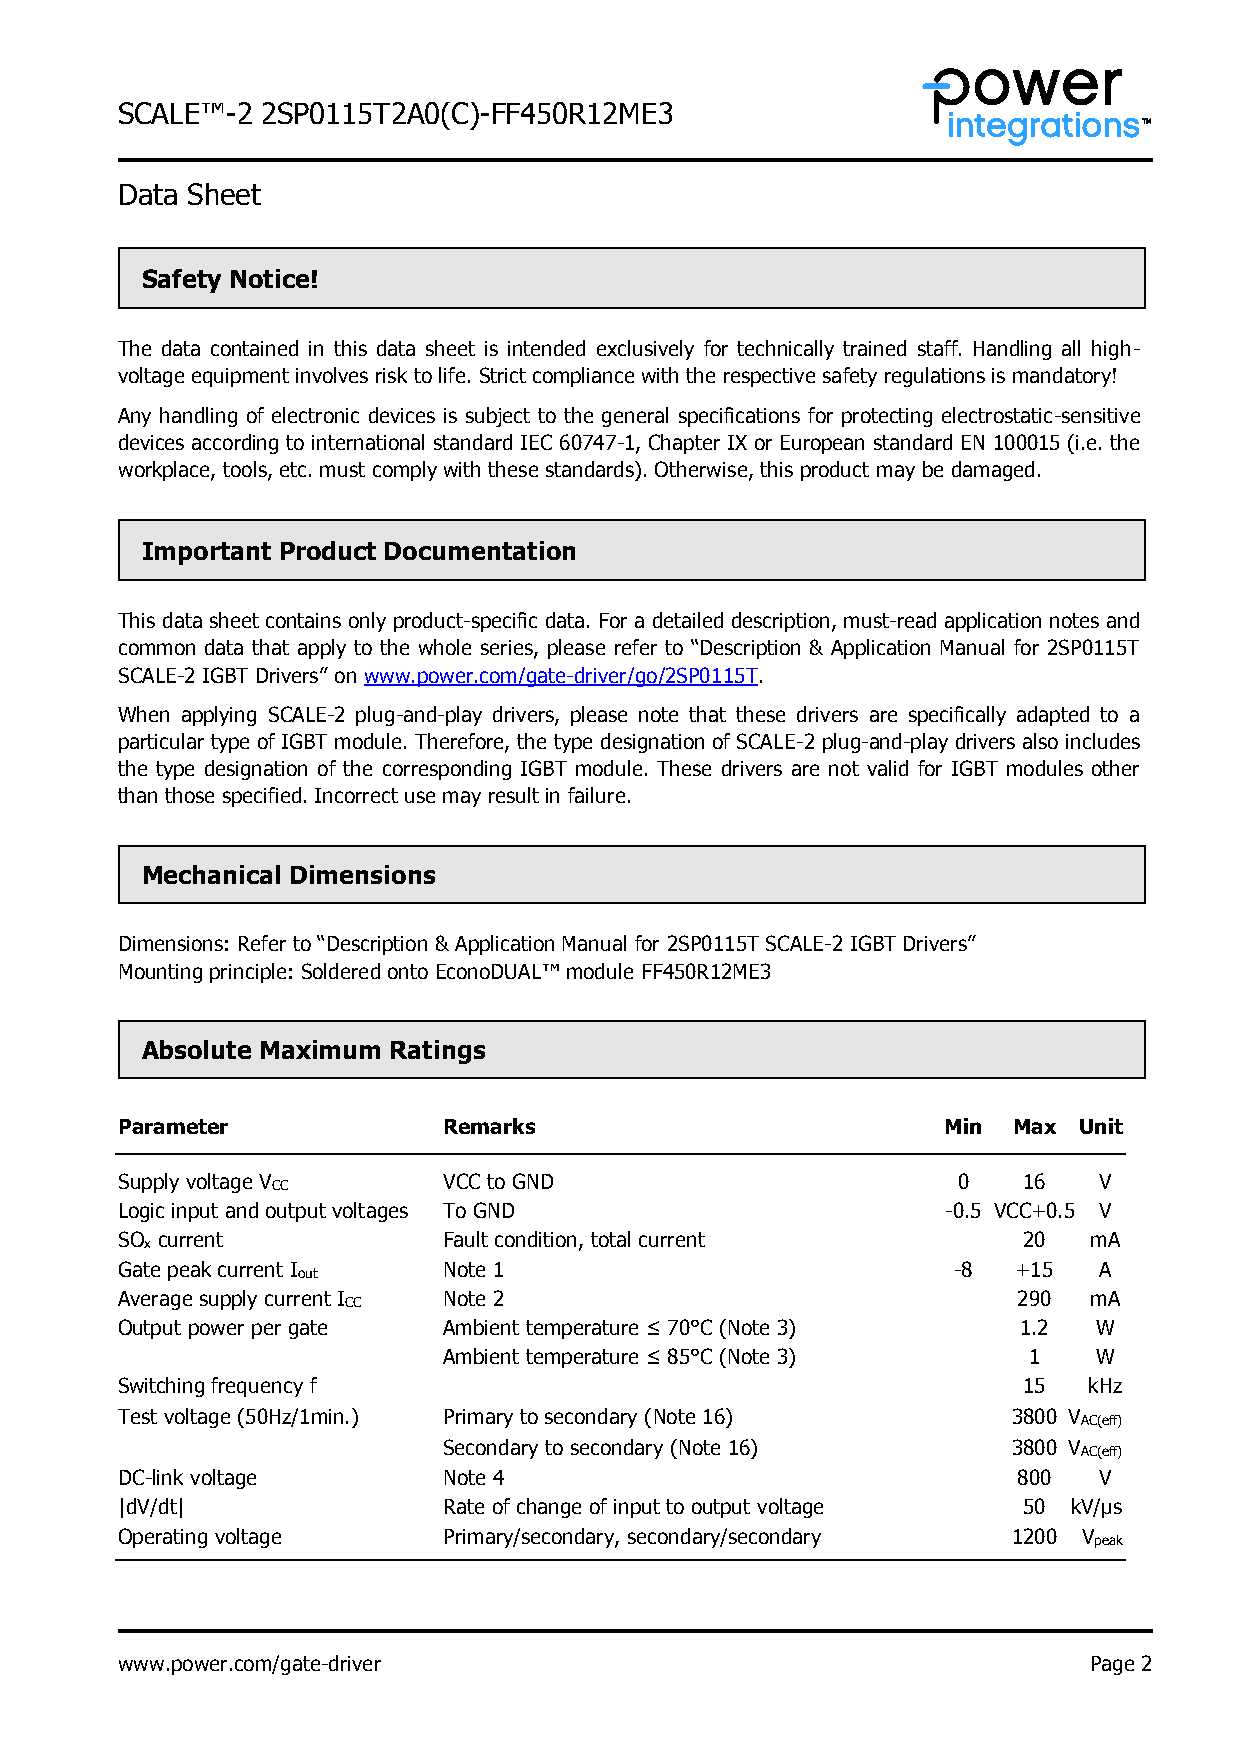
S CALE™-2 2SP0115T2A0(C)-FF450R12ME3
 Data Sheet
 Safety Notice!
 The data contained in this data sheet is intended exclusively for technically trained staff. Handling all high-
 voltage equipment involves risk to life. Strict compliance with the respective safety regulations is mandatory!
 Any handling of electronic devices is subject to the general specifications for protecting electrostatic-sensitive
 devices according to international standard IEC 60747-1, Chapter IX or European standard EN 100015 (i.e. the
 workplace, tools, etc. must comply with these standards). Otherwise, this product may be damaged.
 Important Product Documentation
 This data sheet contains only product-specific data. For a detailed description, must-read application notes and
 common data that apply to the whole series, please refer to “Description & Application Manual for 2SP0115T
 SCALE-2 IGBT Drivers” on www.power.com/gate-driver/go/2SP0115T.
 When applying SCALE-2 plug-and-play drivers, please note that these drivers are specifically adapted to a
 particular type of IGBT module. Therefore, the type designation of SCALE-2 plug-and-play drivers also includes
 the type designation of the corresponding IGBT module. These drivers are not valid for IGBT modules other
 than those specified. Incorrect use may result in failure.
 Mechanical Dimensions
 Dimensions: Refer to “Description & Application Manual for 2SP0115T SCALE-2 IGBT Drivers”
 Mounting principle: Soldered onto EconoDUAL™ module FF450R12ME3
 Absolute Maximum Ratings
 Parameter            Remarks                          Min  Max Unit
 Supply voltage V     VCC to GND                        0    16   V
 CC
 Logic input and output voltages To GND                 -0.5 VCC+0.5 V
 SO current           Fault condition, total current         20  mA
 x
 Gate peak current I  Note 1                            -8  +15   A
 out
 Average supply current I Note 2                            290  mA
 CC
 Output power per gate Ambient temperature ≤ 70°C (Note 3)  1.2   W
 Ambient temperature ≤ 85°C (Note 3)    1    W
 Switching frequency f                                       15  kHz
 Test voltage (50Hz/1min.) Primary to secondary (Note 16)   3800 V
 AC(eff)
 Secondary to secondary (Note 16)      3800 V
 AC(eff)
 DC-link voltage      Note 4                                800   V
 |dV/dt|              Rate of change of input to output voltage 50 kV/μs
 Operating voltage    Primary/secondary, secondary/secondary 1200 V
 peak
 www.power.com/gate-driver                                       Page 2